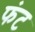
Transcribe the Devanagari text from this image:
फंट